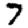
Digit: 7